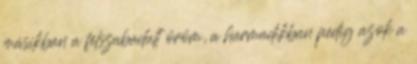
másikban a felszabadult öröm, a harmadikban pedig azok a